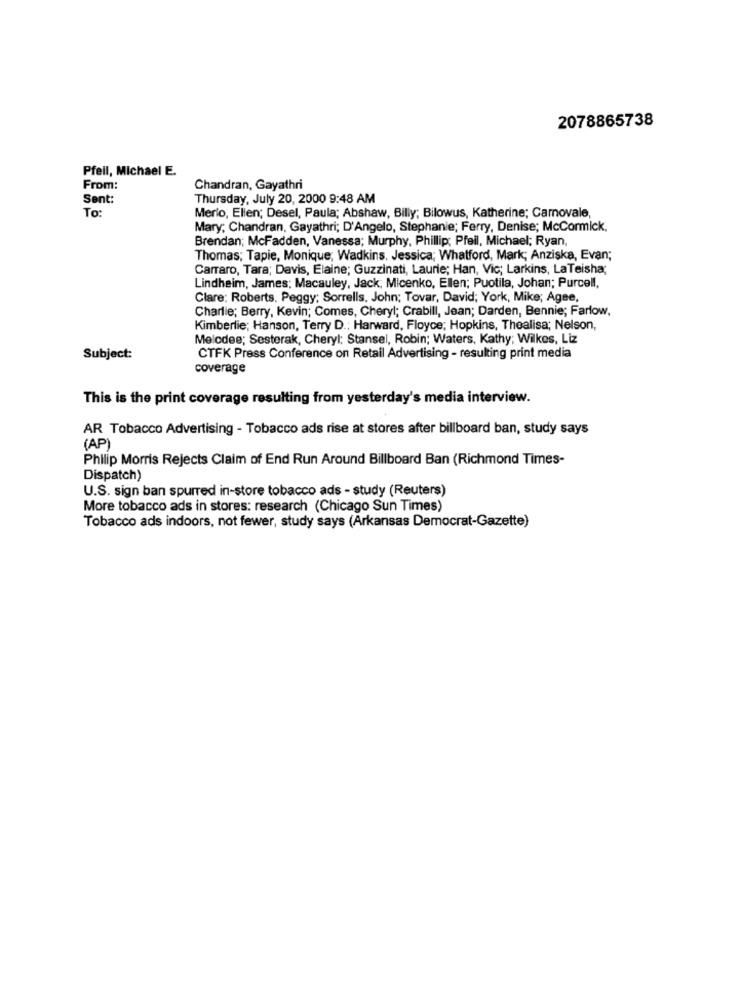
2078865738
Pfeil, Michael E.
From:
Chandran, Gayathri
Sent:
Thursday, July 20, 2000 9:48 AM
To:
Merio, Ellen; Desel, Paula; Abshaw, Billy; Bilowus, Katherine; Carnovale,
Mary; Chandran, Gayathri; D'Angelo, Stephanie; Ferry, Denise; McCormick,
Brendan; McFadden, Vanessa; Murphy, Phillip; Pfeil, Michael; Ryan,
Thomas; Tapie, Monique, Wadkins, Jessica; Whatford, Mark; Anziska, Evan;
Carraro, Tara; Davis, Elaine; Guzzinati, Laurie; Han, Vic; Larkins, LaTeisha;
Lindheim, James: Macauley, Jack, Micenko, Ellen; Puotila, Johan; Purcell,
Clare: Roberts. Peggy; Sorrells, John; Tovar, David; York, Mike; Agee,
Charlie; Berry, Kevin; Comes, Cheryl; Crabill, Jean; Darden, Bennie; Farlow,
Kimberlie; Hanson, Terry D .: Harward, Floyce; Hopkins, Thealisa; Nelson,
Melcdee; Sesterak, Cheryl; Stansel, Robin; Waters, Kathy; Wilkes, Liz
Subject:
CTFK Press Conference on Retail Advertising - resulting print media
coverage
This is the print coverage resulting from yesterday's media interview.
AR Tobacco Advertising - Tobacco ads rise at stores after billboard ban, study says
(AP)
Philip Morris Rejects Claim of End Run Around Billboard Ban (Richmond Times-
Dispatch)
U.S. sign ban spurred in-store tobacco ads - study (Reuters)
More tobacco ads in stores: research (Chicago Sun Times)
Tobacco ads indoors, not fewer, study says (Arkansas Democrat-Gazette)